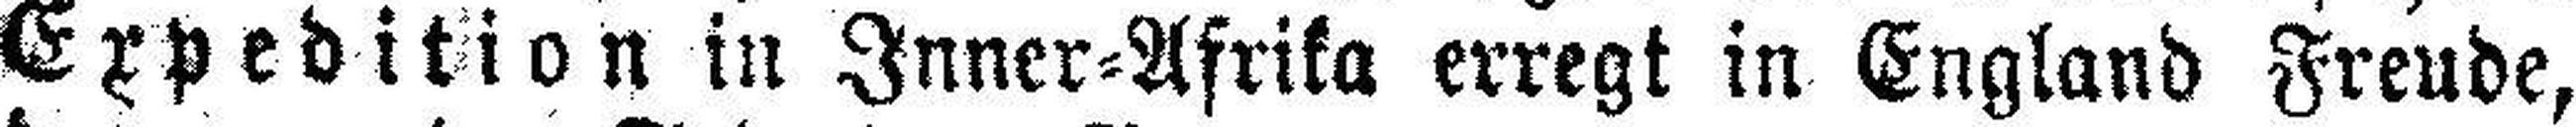
Expedition in Inner=Afrika erregt in England Freude,